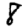
Digit: 8